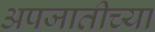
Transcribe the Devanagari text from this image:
अपजातीच्या